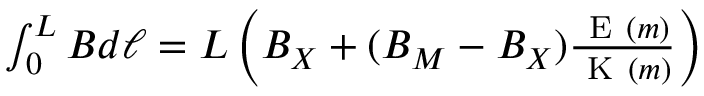
\begin{array} { r } { \int _ { 0 } ^ { L } B d \ell = L \left( B _ { X } + ( B _ { M } - B _ { X } ) \frac { \mathrm { ~ E ~ } ( m ) } { \mathrm { ~ K ~ } ( m ) } \right) } \end{array}